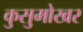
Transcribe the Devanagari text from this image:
कुसुमोखर